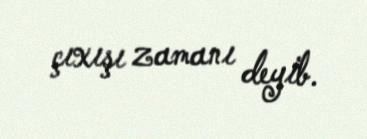
çıxışı zamanı deyib.